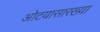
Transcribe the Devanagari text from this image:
ओटयासारख्या